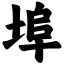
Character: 埠